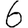
Digit: 6